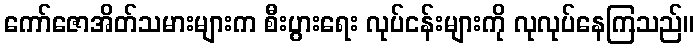
ကော်ဇောအိတ်သမားများက စီးပွားရေး လုပ်ငန်းများကို လုလုပ်နေကြသည်။